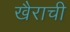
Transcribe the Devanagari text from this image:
खैराची